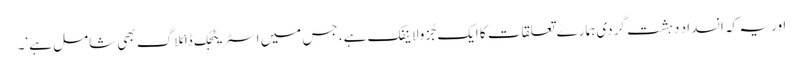
اور یہ کہ انسداد دہشت گردی ہمارے تعلقات کا ایک جُزو لاینفک ہے، جس میں اسٹریٹجک ڈائلاگ بھی شامل ہے‘۔